Report on sanitation, dispensaries, and jails in Rajputana for 1909, and on vaccination for the year 1909-1910 - 1909-1910
Year: 1909
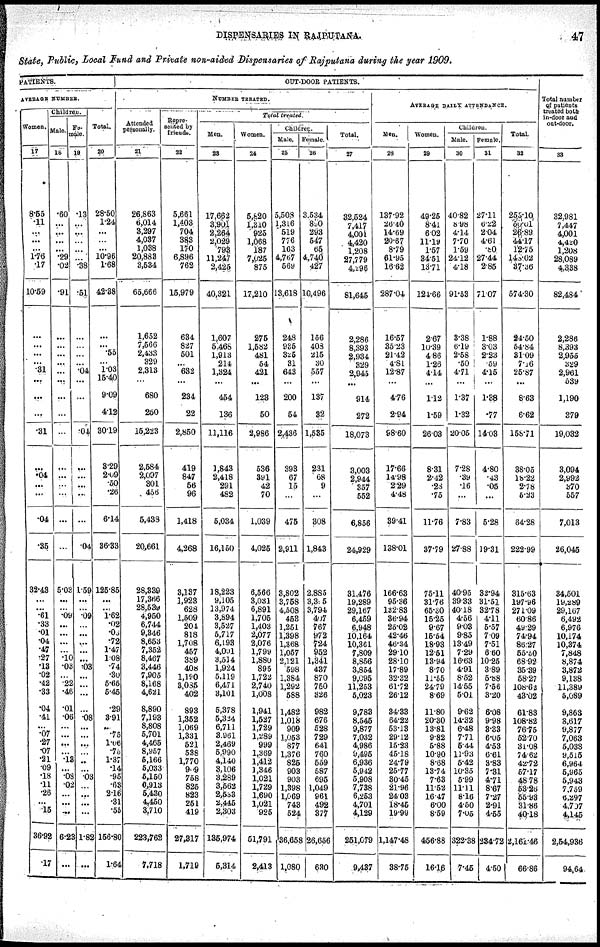
State, Public, Local Fund and Private non-aided Dispensaries of Rajputana during the year 1909.
PATIENTS.
AVERAGE NUMBER.
Women.
17
8.55
.11
...
...
...
1.76
.17
10.59
...
...
...
...
.31
...
...
...
.31
...
.04
...
...
.04
.35
32.43
...
...
.61
.33
.01
.04
.47
.27
.13
.02
.42
.33
.04
.41
...
.07
.27
.07
.21
.09
.18
.11
.26
...
.15
36.92
.17
Children.
Male
18
.60
...
...
...
...
.29
.02
.91
...
...
...
...
...
...
...
...
...
...
...
...
...
...
...
5.02
...
...
.09
...
...
...
...
.10
.03
...
.22
.46
.01
.06
...
...
...
...
.13
...
.08
.02
...
...
...
6.23
...
Fe¬
male.
19
.13
...
...
...
...
...
.38
.51
...
...
...
...
.04
...
...
...
.04
...
...
...
...
...
.04
1.59
...
...
.09
...
...
...
...
...
.03
...
...
...
...
.08
...
...
...
...
..
...
.03
...
...
...
...
1.82
...
Total.
20
28.50
1.24
...
...
...
10.96
1.68
42.38
...
...
.55
...
1.03
15.40
9.09
4.12
30.19
3.29
2.09
.50
.26
6.14
36.33
125.85
...
...
1.62
.02
.08
.72
1.47
1.08
.74
.30
5.65
5.45
.29
3.91
... .75
1. 06
.75
1.37
.14
.95
.63
2.16
.31
.55
156.80
1.64
OUT-DOOR PATIENTS.
NUMBER TREATED.
Attended
personally.
21
26,863
6,014
3,297
4,037
1,038
20,883
3,534
65,666
1,652
7,566
2,433
329
2,313
...
680
250
15,223
2,584
2,097
301
456
5,438
20,661
28,339
17,366
28,539
4,950
6,744
9,346
8,653
7,352
8,467
3,446
7,905
8,168
4,621
8,890
7,193
8,808
5,701
4,465
8,957
5,166
5,033
5,150
6,913
5,430
4,450
3,710
223,762
7,718
Repre¬
sented by
friends.
22
5,661
1,403
704
383
170
6,896
762
15,979
634
827
501
...
632
...
234
22
2,850
419
847
56
96
1,418
4,268
3,137
1,923
628
1,509
204
818
1,708
457
389
408
1,190
3,085
402
893
1,352
1,069
1,331
521
538
1,770
909
758
825
823
251
419
27,317
1,719
Total treated.
Men.
23
17,662
3,901
2,264
2,029
793
11,247
2,425
40,321
1,607
5,468
1,913
214
1,324
...
454
136
11,116
1,843
2,418
291
482
5,034
16,150
18,223
9,105
13,974
3,894
3,527
5,717
6,193
4,001
3,514
1,924
5,119
6,471
3,101
5,378
5,324
6,711
3.961
2,469
5,990
4,140
3,106
3,289
3,562
2,533
2,445
2,303
135,974
5,314
Women.
24
5,820
1,310
925
1,068
187
7,025
875
17,210
275
1,582
481
54
421
...
123
50
2,986
536
391
42
70
1,039
4,025
6,566
3,031
6,891
1,705
1,403
2,077
2,076
1,799
1,880
895
1,722
2,740
1,008
1,941
1,527
1,729
1,289
999
1,369
1,412
1,346
1,021
1,729
1,690
1,021
925
51,791
2,413
Children.
Male.
25
5,508
1,316
519
776
163
4,767
569
13,618
248
935
325
31
643
...
200
54
2,436
393
67
15
...
475
2,911
3,802
3,758
4,508
453
1,251
1,398
1,368
1,057
2,121
598
1,384
1,292
588
1,482
1,018
909
1,053
877
1,376
825
903
903
1,398
1,069
743
524
36,658
1,080
Female.
26
3,534
890
293
547
65
4,740
427
10,496
156
408
215
30
557
...
137
32
1,535
231
68
9
...
308
1,843
2,885
3,395
3,794
407
767
972
724
952
1,341
437
870
750
326
982
676
528
729
641
760
559
587
695
1,049
961
492
377
26,656
630
Total.
27
32,524
7,417
4,001
4 420
1,208
27,779
4,296
81,645
2,286
8,393
2,934
329
2,945
...
914
272
18,073
3,003
2,944
357
552
6,856
24,929
31,476
19,289
29,167
6,459
6,948
10,164
10,361
7,809
8,856
3,854
9,195
11,253
5,023
9,783
8,545
9,877
7,032
4,986
9,495
6,936
5,942
5,908
7,738
6,253
4,701
4,129
251,079
9,437
AVERAGE DAILY ATTENDANCE.
Men.
28
137.92
26.40
14.69
20.67
8.79
61.95
16.62
287.04,
16.57
35.23
21.42
4.81
12.87
...
4.76
2.94
98.60
17.66
14.98
2.29
4.48
39.41
138.01
166.63
95.36
132.83
36.94
25.02
42.46
46.34
29.10
28.10
17.89
32.32
61.72
26.12
34.33
64.22
53.13
29.12
15.23
45.18
24.79
25.77
30.45
21.96
24.03
18.45
19.99
1,147.48
38.75
Women.
29
49.25
8.41
6.02
11.19
1.57
34.51
13.71
124.66
2.67
10.39
4.86
1.26
4.14
...
1.12
1.59
26.03
8.31
2.42
.28
.75
11.76
37.79
75.11
31.76
65.30
15.25
9.67
15.54
18.93
12.51
13.94
8.70
11.55
24.79
8.69
11.80
20.30
13.81
9.82
5.88
10.90
8.68
13.74
7.63
11.52
16.47
6.00
8.59
456.88
16.16
Children.
Male
30
40.82
8.98
4.14
7.70
1.59
24.12
4.18
91.53
3.38
6.19
2.58
.50
4.71
...
1.37
1.32
20.05
7.28
.39
.16
...
7.83
27.88
40.95
39.33
40.18
4.56
9.03
9.85
13.49
7.29
16.63
4.91
8.52
14.55
5.01
9.62
14.32
6.48
7.71
5.44
11.93
5.42
10.35
5.99
11.11
8.16
4.50
7.05
322.38
7.45
Female.
31
27.11
6.22
2.04
4.61
.80
27.44
2.85
71.07
1.88
3.03
2.23
.59
4.15
...
1.38
.77
14.03
4.80
.43
.05
...
5.28
19.31
32.94
31.51
32.78
4.11
5.57
7.09
7.51
6.60
10.25
3.89
5.88
7.56
3.20
6.08
9.98
3.33
6.05
4.53
6.61
3.83
7.31
4.71
8.67
7.27
2.91
4.55
234.72
4.50
Total
32
255.10
50.01
26.89
44.17
12.75
148.02
37.36
574.30
24.50
54.84
31.09
7.16
25.87
...
8.63
6.62
158.71
38.05
18.22
2.78
5.23
64.28
222.99
315.63
197.96
271.09
60.86
49.29
74.94
86.27
55.50
68.92.
35.39
58.27
108.62
43.02
61.83
108.82
76.75
52.70
31.08
74.62
42.72
57.17
48.78
53.26
55.93
31.86
40.18
2,161.46
66.86
Total number
of patients
treated both
in-door and
out-door.
33
32,981
7,447
4,001
4,420
1,208
28,089
4,338
82,484
2,286
8,393
2,955
329
2,961
539
1,190
379
19,032
3,094
2,992
370
557
7,013
26,045
34,501
19,289
29,167
6,492
6,976
10,174
10,374
7,848
8,874
3,872
9,138
11,389
5,089
9,863
8,617
9,877
7,063
5,038
9,515
6,964
5,965
5,943
7,759
6,297
4,707
4,145
2,54,936
94.64